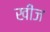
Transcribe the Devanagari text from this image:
खींज